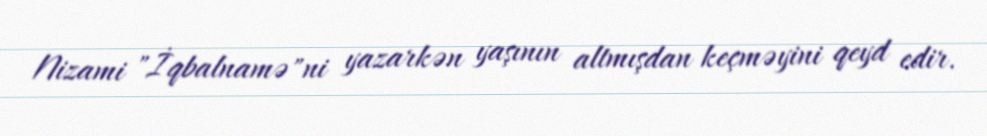
Nizami "İqbalnamə"ni yazarkən yaşının altmışdan keçməyini qeyd edir.